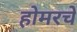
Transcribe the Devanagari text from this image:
होमरचे